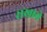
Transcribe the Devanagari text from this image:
राखावे